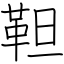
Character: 靼